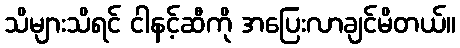
သိများသိရင် ငါနင့်ဆီကို အပြေးလာချင်မိတယ်။